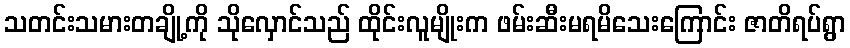
သတင်းသမားတချို့ကို သိုလှောင်သည် ထိုင်းလူမျိုးက ဖမ်းဆီးမရမိသေးကြောင်း ဇာတိရပ်ရွာ